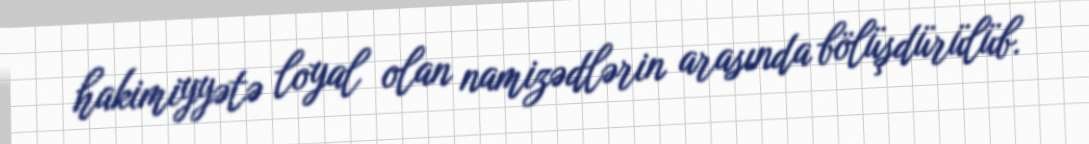
hakimiyyətə loyal olan namizədlərin arasında bölüşdürülüb.